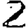
Digit: 2